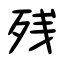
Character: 残